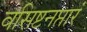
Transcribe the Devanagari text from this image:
वसिष्टनप्तारं